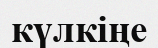
күлкіңе